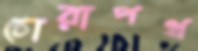
চোরাপথ